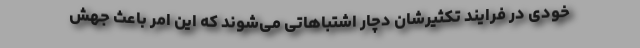
خودی در فرایند تکثیرشان دچار اشتباهاتی می‌شوند که این امر باعث جهش